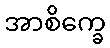
အာစိက္ခေ